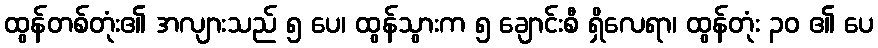
ထွန်တစ်တုံး၏ အလျားသည် ၅ ပေ၊ ထွန်သွားက ၅ ချောင်းစီ ရှိလေရာ၊ ထွန်တုံး ၃၀ ၏ ပေ